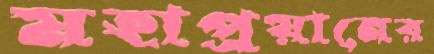
মহাপ্রয়ানের